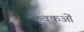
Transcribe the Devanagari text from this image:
कवकओं